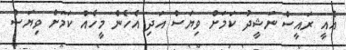
އެއީ ރައީސް ނަޝީދު ކަމަށް ވިޔަސް އަދި އެހެން މީހެއް ކަމަށް ވިޔަސް